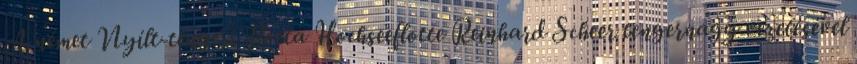
A német Nyílt-tengeri Flotta Hochseeflotte Reinhard Scheer tengernagy vezetésével